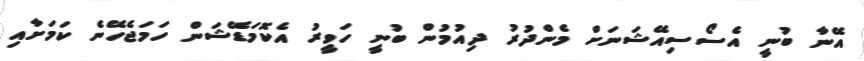
އޭނާ ބުނީ އެސޯސިއޭޝަނަށް މެންދުރު ދިއުމުން ބުނީ ހަވީރު އެކޮމަޑޭޝަން ހަމަޖެހޭނެ ކަމަށާއި